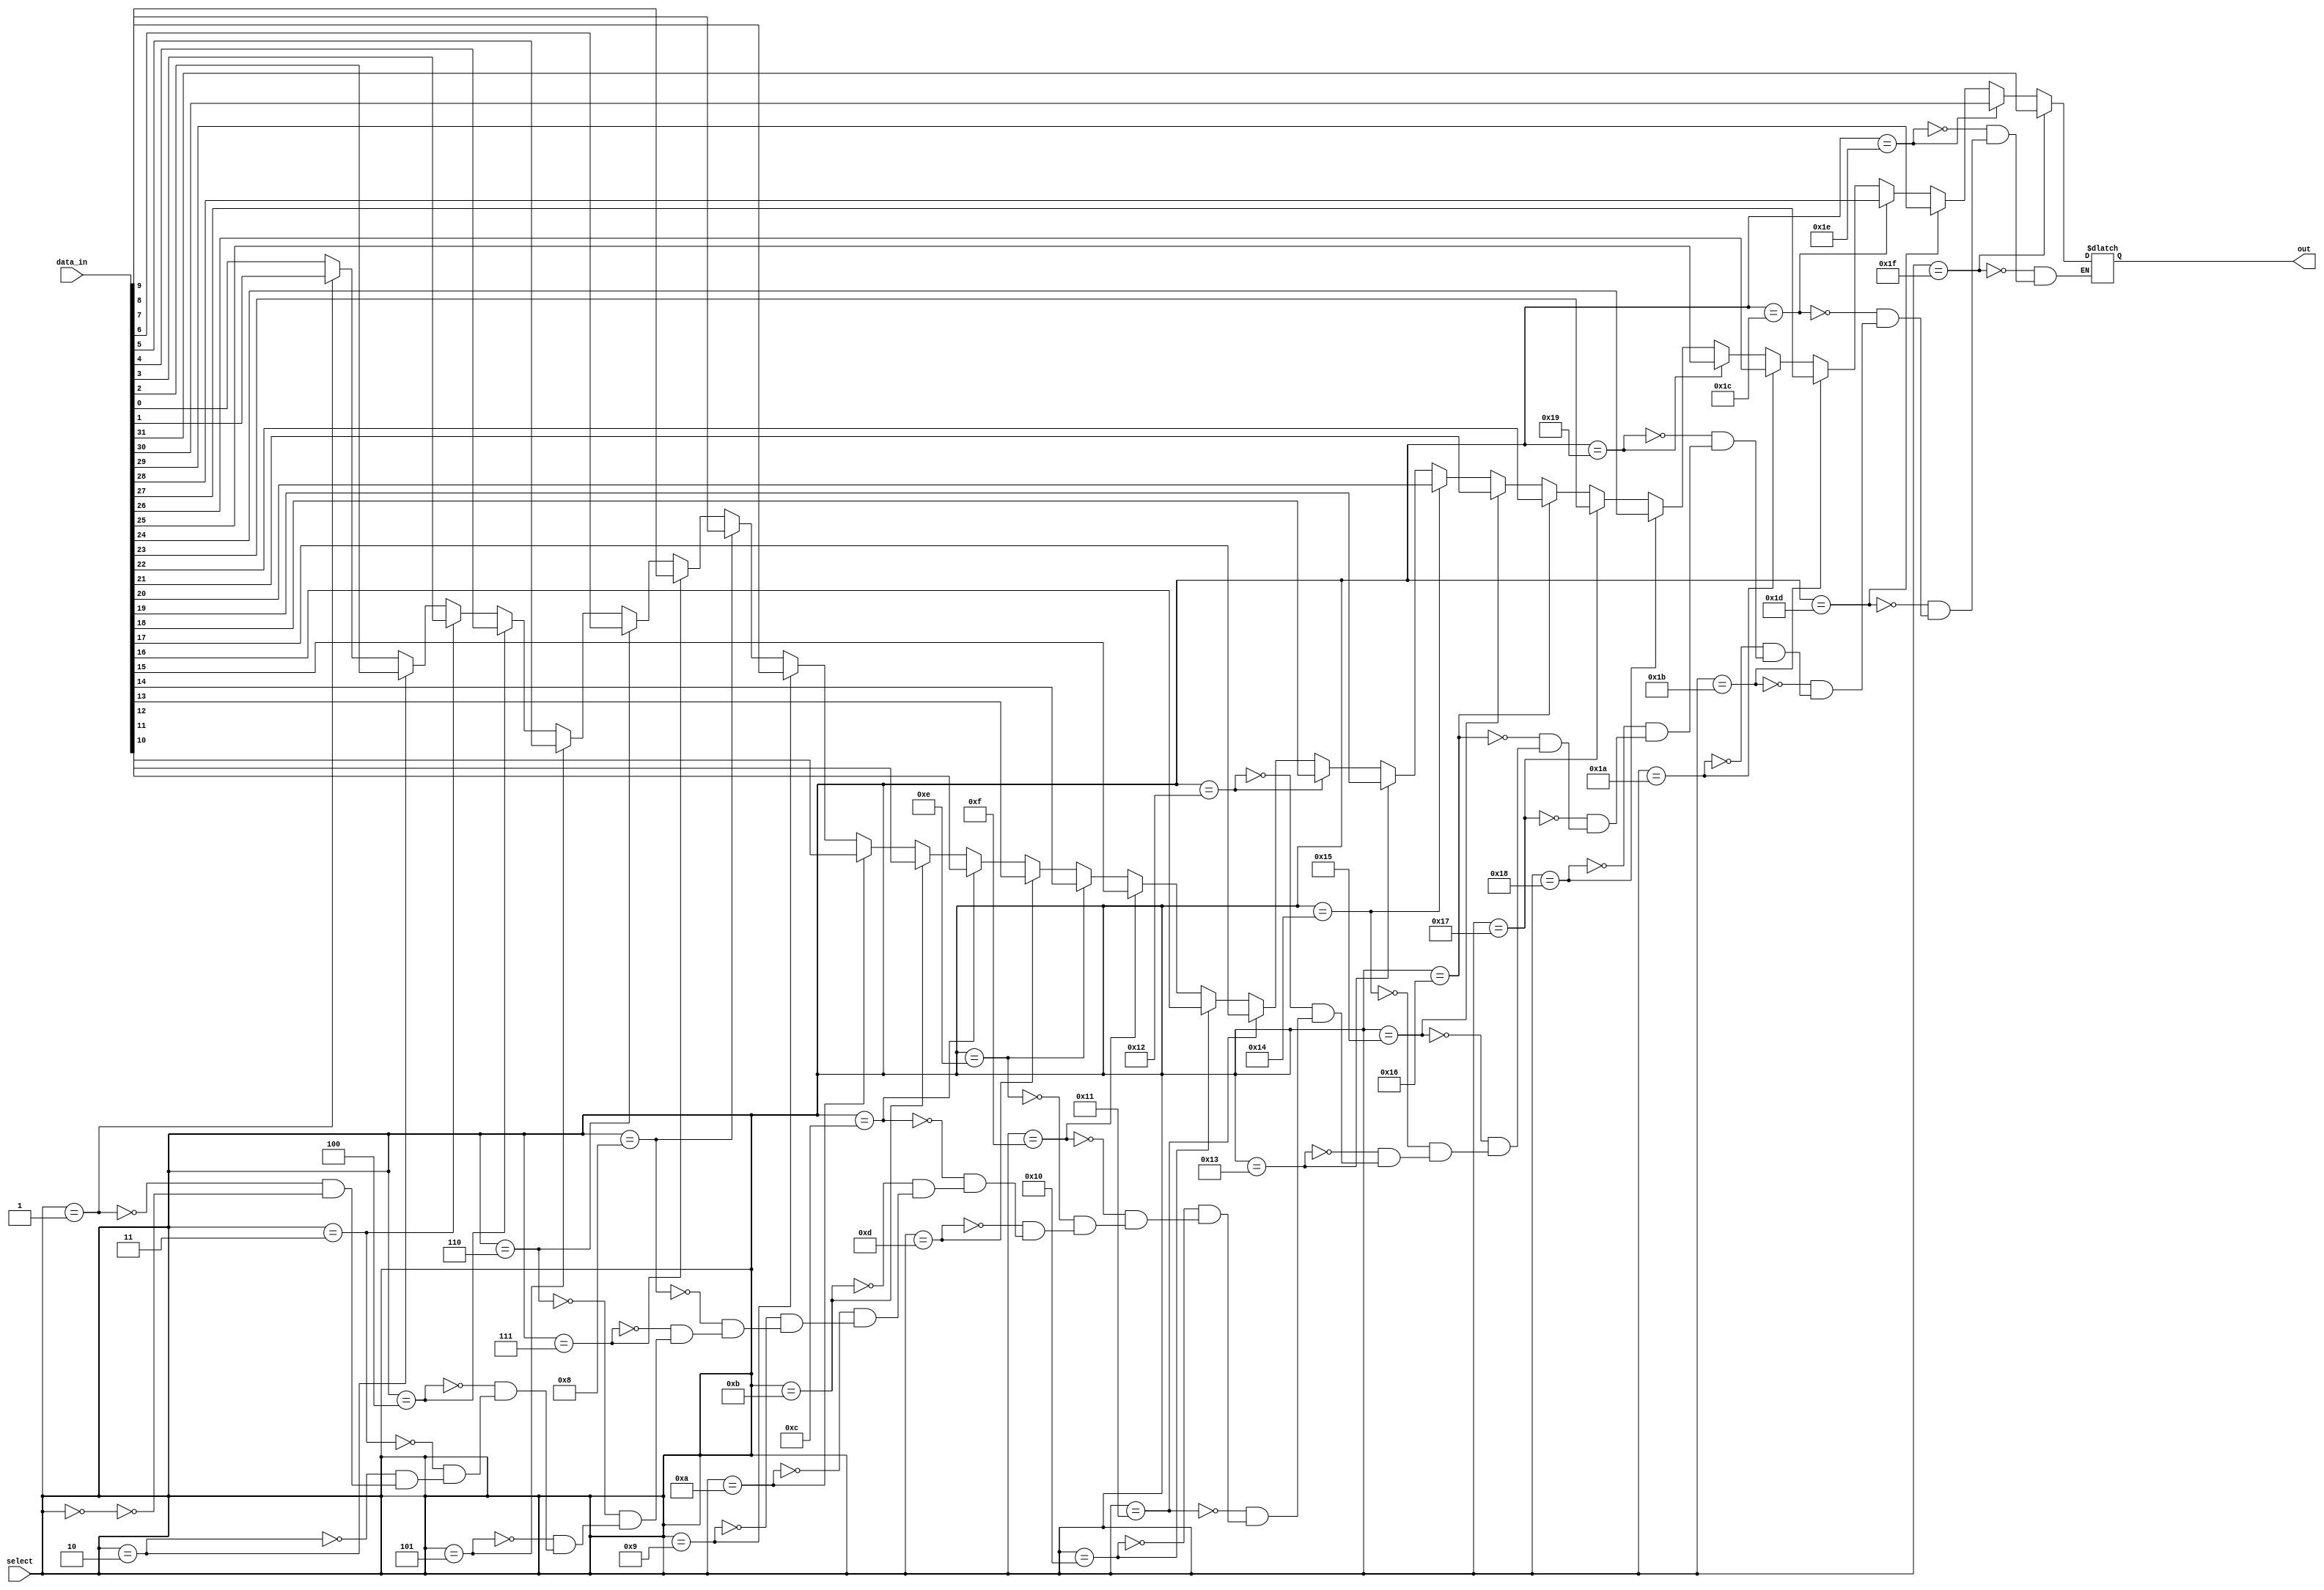
module mux_32to1 (
    input [31:0] data_in,
    input [4:0] select,
    output reg out
);

reg [31:0] mux_output;

integer i;

always @(*) begin
    for (i = 0; i < 32; i = i + 1) begin
        if (select == i) begin
            mux_output = data_in[i];
        end
    end
end

assign out = mux_output;

endmodule